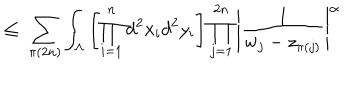
\leq \; \sum _ { \pi ( 2 n ) } \int _ { \Lambda } \left[ \prod _ { i = 1 } ^ { n } d ^ { 2 } x _ { i } d ^ { 2 } y _ { i } \right] \prod _ { j = 1 } ^ { 2 n } \Bigg | \frac { 1 } { w _ { j } - z _ { \pi ( j ) } } \Bigg | ^ { \alpha }